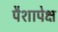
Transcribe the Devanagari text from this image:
पैशापेक्ष